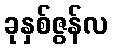
ခုနှစ်ဇွန်လ